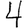
Digit: 4